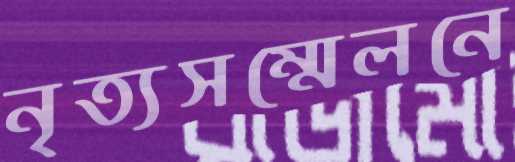
নৃত্যসম্মেলনে